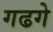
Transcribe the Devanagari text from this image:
गढगे